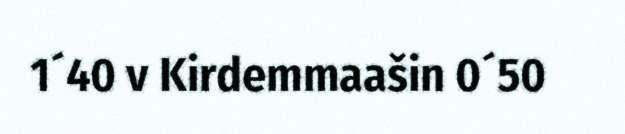
1´40 v Kirdemmaašin 0´50